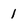
Character: 1